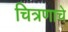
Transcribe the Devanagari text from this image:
चित्रणाचे